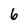
Character: 6